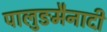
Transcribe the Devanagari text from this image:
पालुङमैनादी